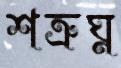
শত্রুঘ্ন